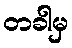
တခါမှ